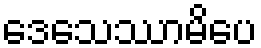
ဒေသေဿာမိပေ